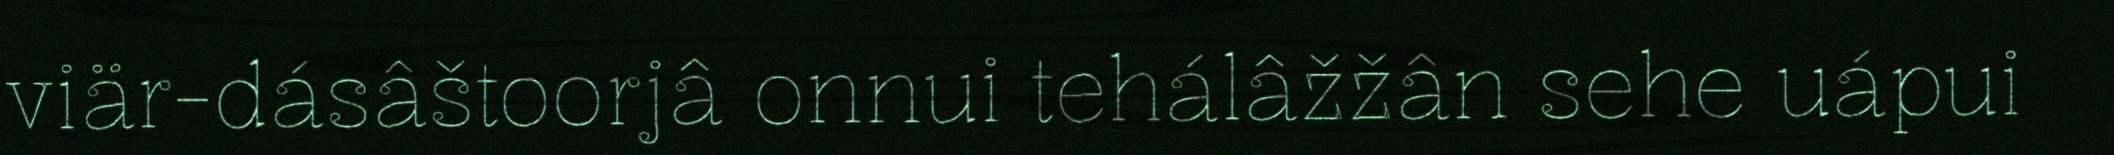
viär-dásâštoorjâ onnui tehálâžžân sehe uápui